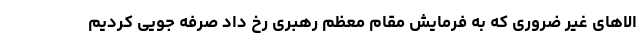
الاهای غیر ضروری که به فرمایش مقام معظم رهبری رخ داد صرفه جویی کردیم